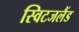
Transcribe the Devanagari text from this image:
स्विटजलैंड